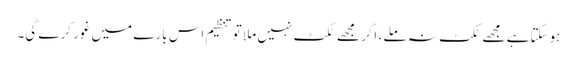
ہوسکتا ہے مجھے ٹکٹ نہ ملے ، اگر مجھے ٹکٹ نہیں ملا تو تنظیم اس بارے میں غور کرے گی۔